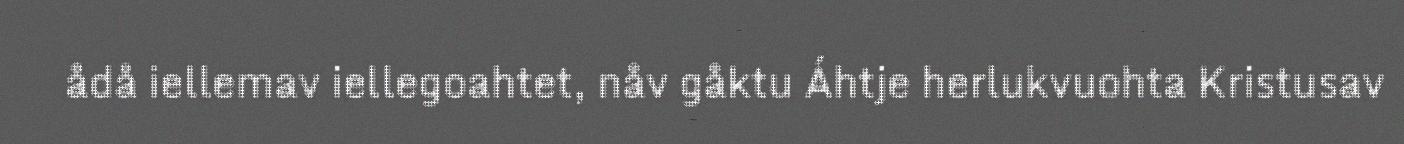
ådå iellemav iellegoahtet, nåv gåktu Áhtje herlukvuohta Kristusav